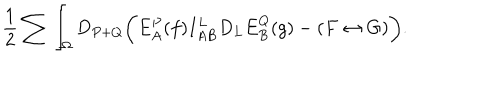
{ \frac { 1 } { 2 } } \sum \int _ { \Omega } D _ { P + Q } \biggl ( E _ { A } ^ { P } ( f ) I _ { A B } ^ { L } D _ { L } E _ { B } ^ { Q } ( g ) - ( F \leftrightarrow G ) \biggr ) .